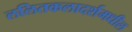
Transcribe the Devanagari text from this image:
ललितकलादर्शमधील